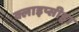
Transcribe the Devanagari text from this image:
क्लाइप्सीड्रा